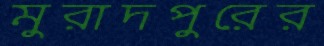
মুরাদপুরের